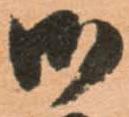
御